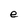
Character: e